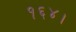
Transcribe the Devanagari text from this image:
१६४।